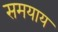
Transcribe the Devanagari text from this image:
समयाय